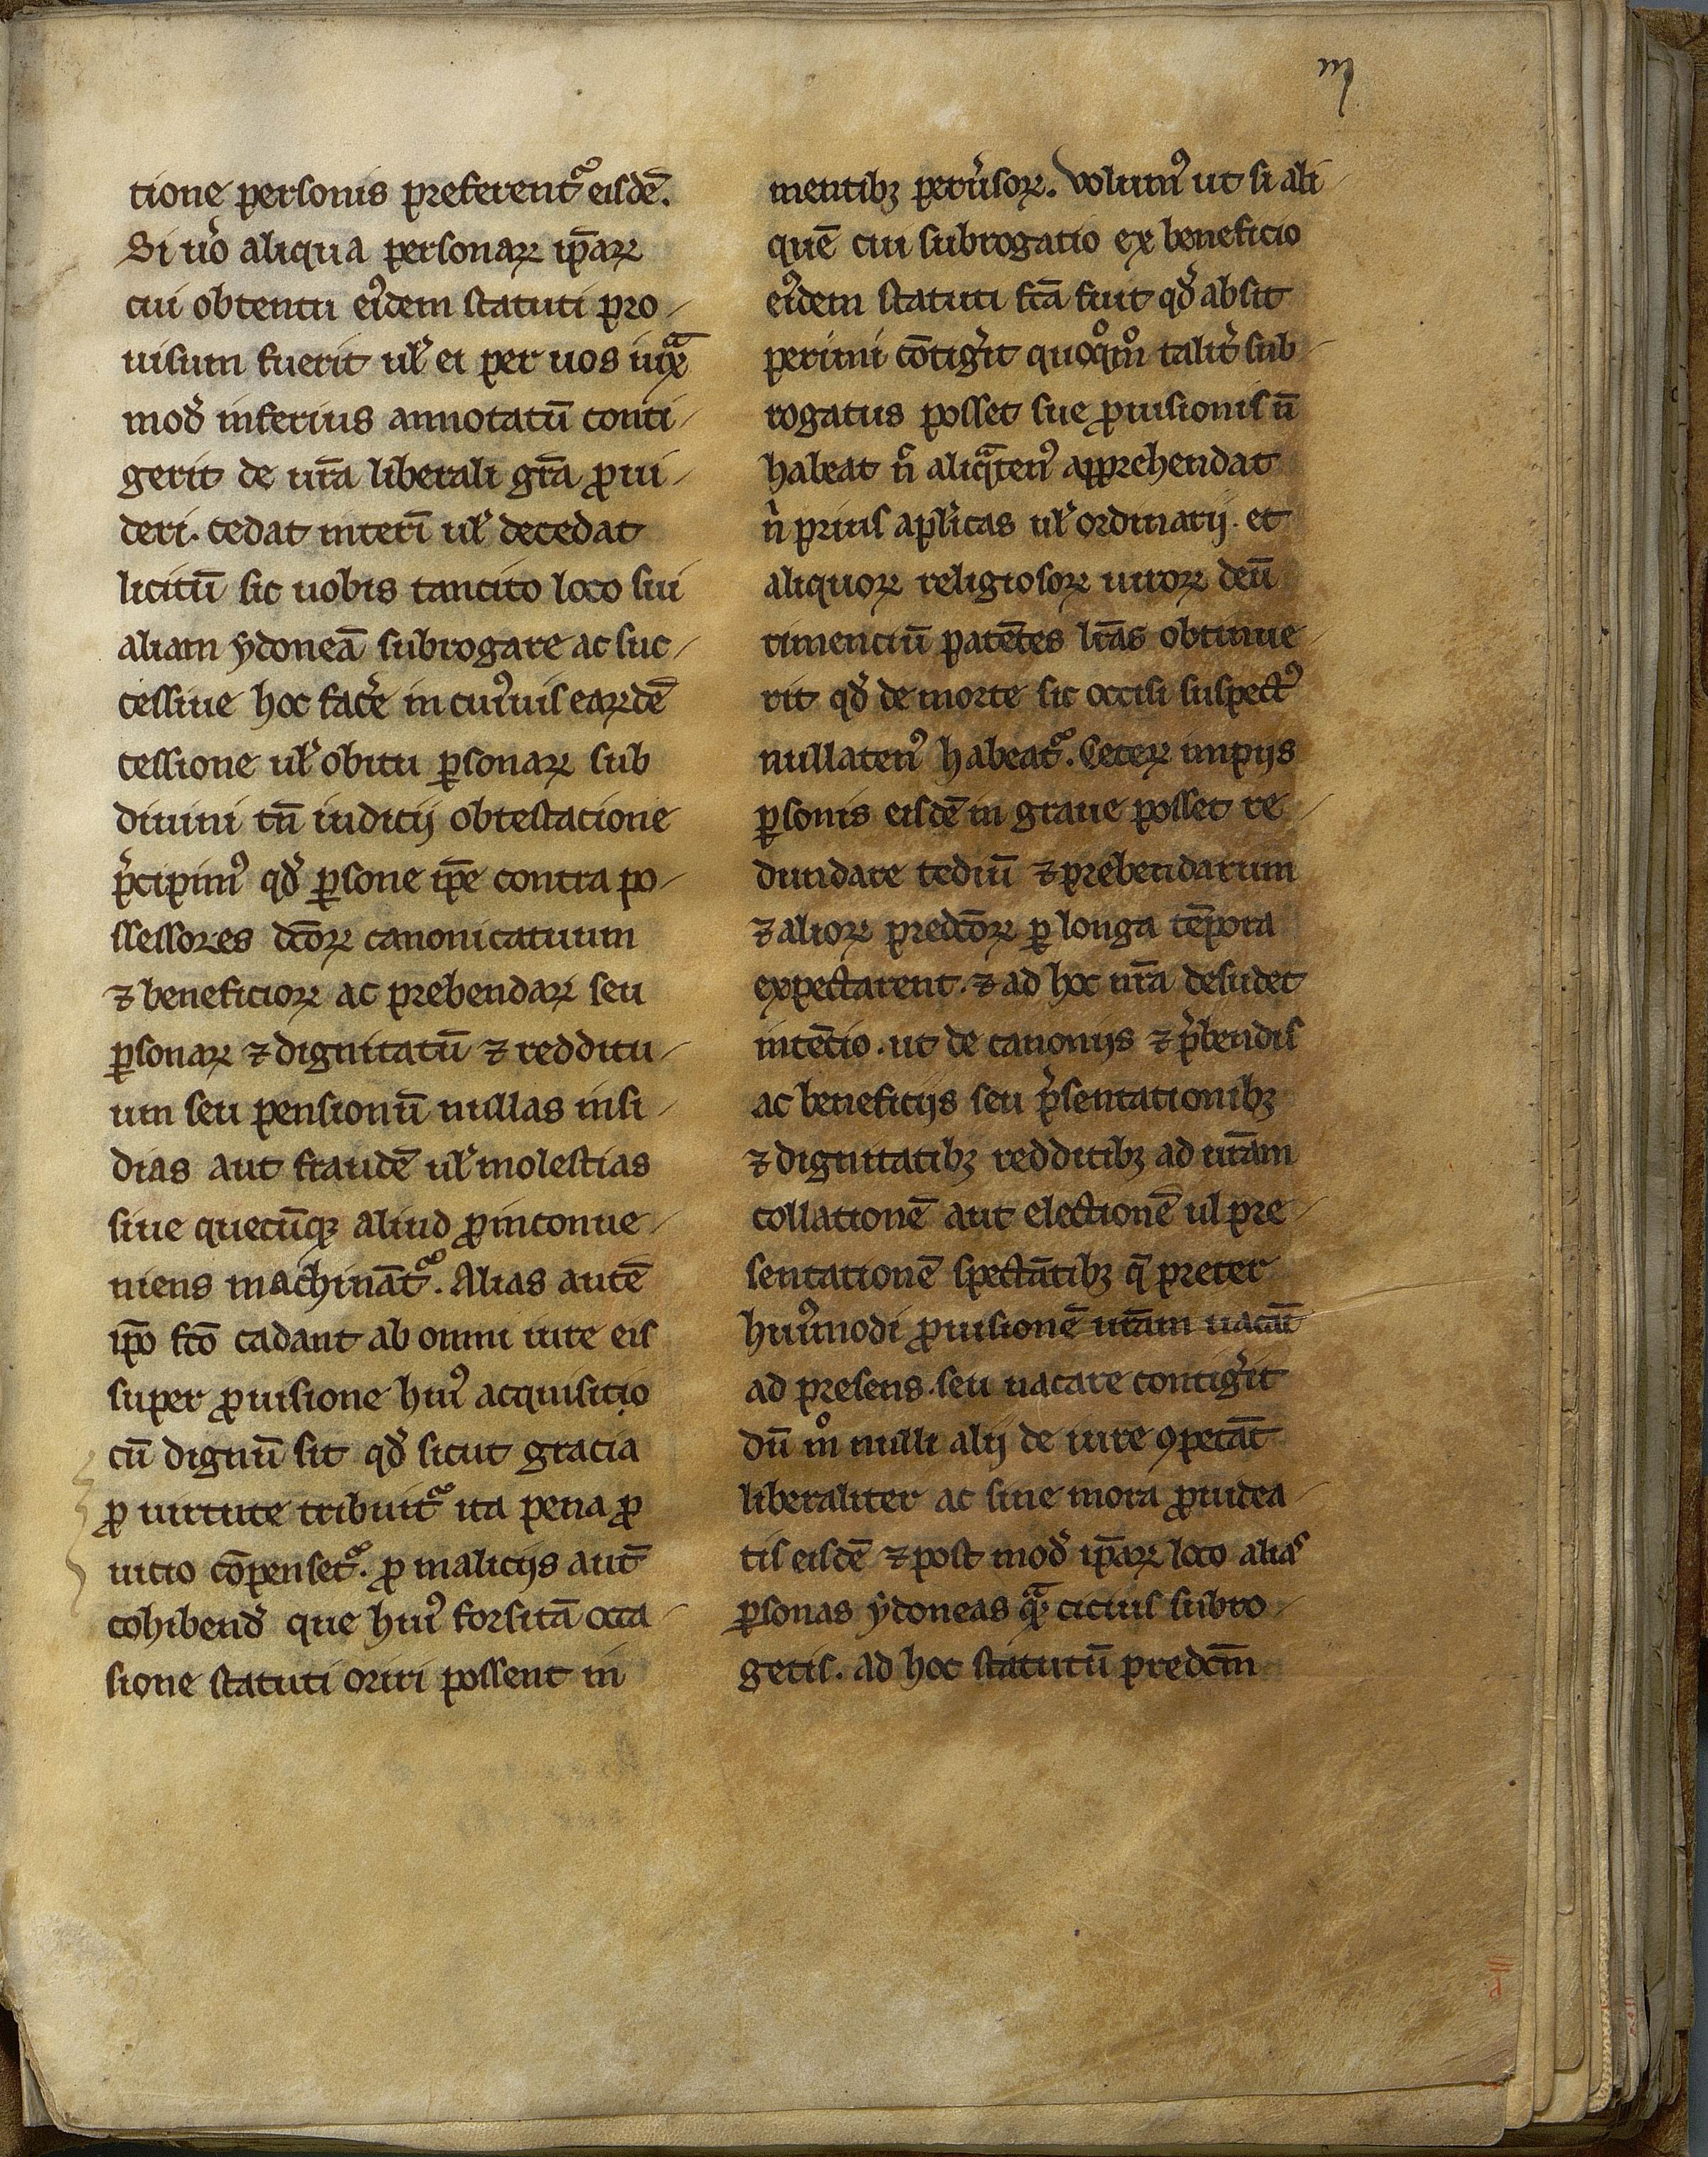
Shelfmark: Mâcon, Archives de Saône et Loire, G 443
Century: 13